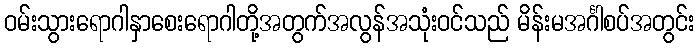
ဝမ်းသွားရောဂါနှာစေးရောဂါတို့အတွက်အလွန်အသုံးဝင်သည် မိန်းမအင်္ဂါစပ်အတွင်း